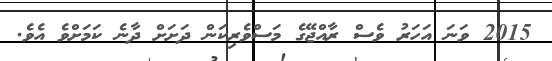
2015 ވަނަ އަހަރު ވެސް ރާއްޖޭގެ މަސްވެރިކަން ދަށަށް ދާނެ ކަމަށްވެ އެވެ.